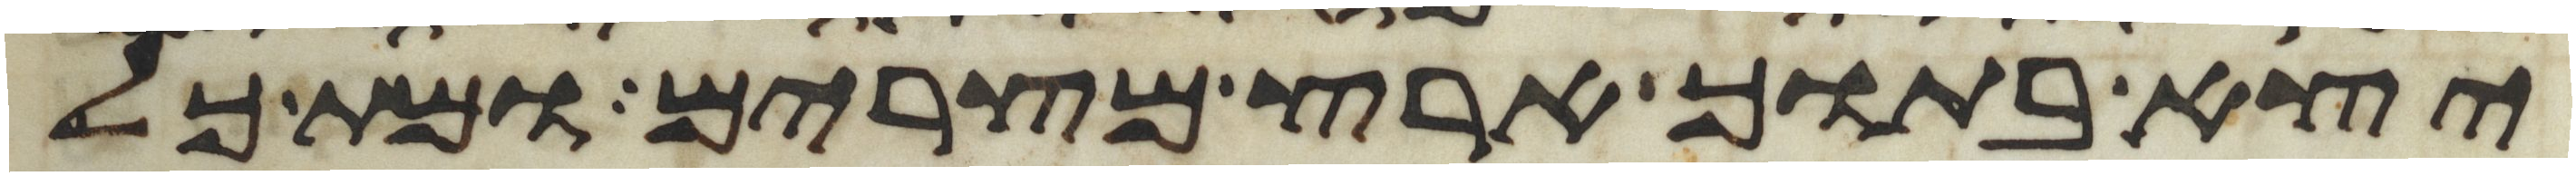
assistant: יצא בתוך ארץ מצרים ומת כל